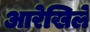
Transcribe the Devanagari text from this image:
आरेखिले